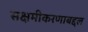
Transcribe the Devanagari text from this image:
सक्षमीकरणाबद्दल